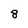
Character: 8